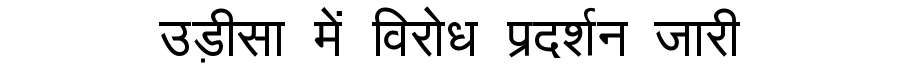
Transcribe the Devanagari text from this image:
उड़ीसा में विरोध प्रदर्शन जारी